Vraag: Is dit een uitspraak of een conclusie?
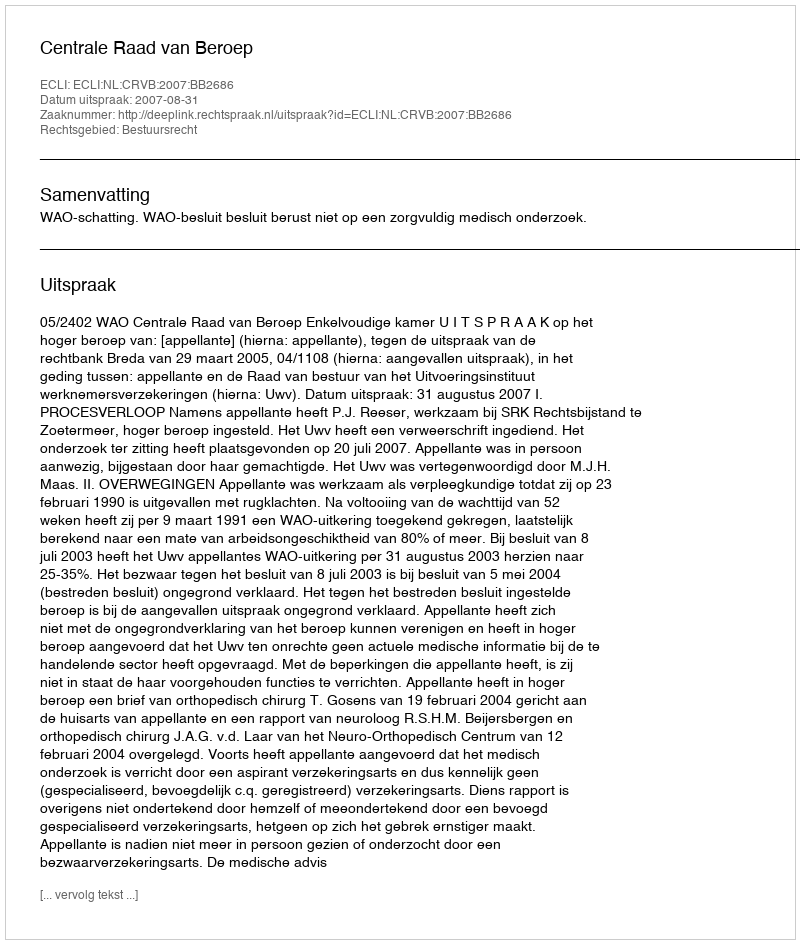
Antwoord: Uitspraak